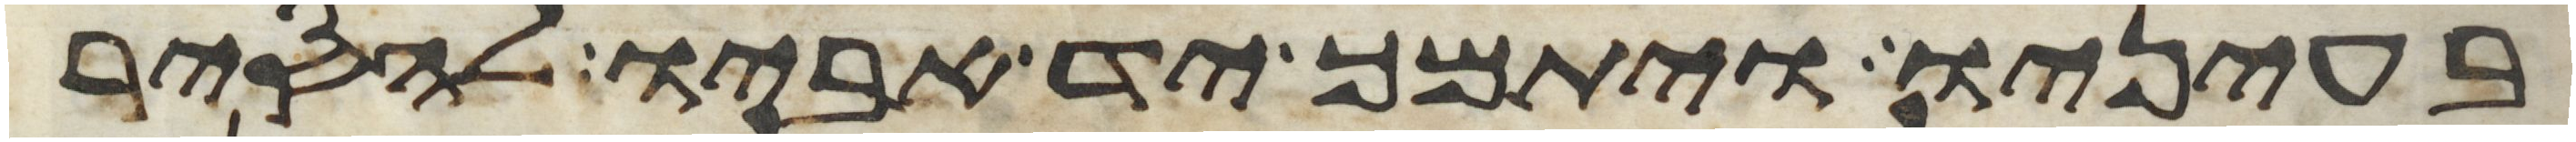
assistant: בעיניו ויתמך יד אביו להסיר